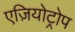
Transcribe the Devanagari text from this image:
एज़ियोट्रोप